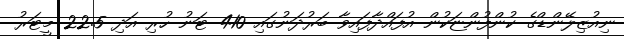
ނިއުޒިލޭންޑްގެ ކުންފުންޏަކުން އުފައްދާފައިވާ ބަރުދަނުގައި 410 ޓަނު ހުރި އަދި 22.5 މީޓަރު